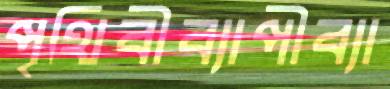
পৃথিবীব্যাপীব্যা